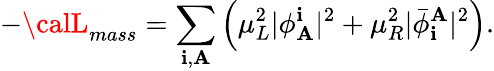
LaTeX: -{\calL}_{mass}=\sum_{\mathbf{i},\mathbf{A}}\left(\mu_{L}^{2}\vert\phi_{\mathbf{A}}^{\mathbf{i}}\vert^{2}+\mu_{R}^{2}\vert{\bar{{\phi}}}_{\mathbf{i}}^{\mathbf{A}}\vert^{2}\right).